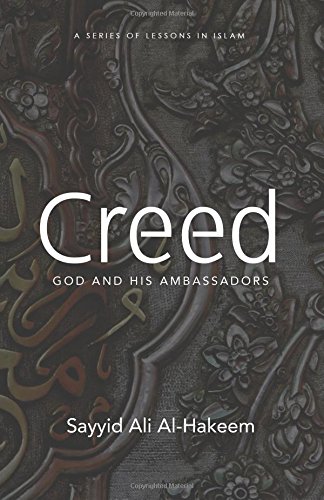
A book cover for Creed: God and His Ambassadors (Lessons in Islam); Sayyid Ali Al-Hakeem; Religion & Spirituality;